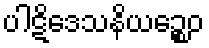
ပါဋိဒေသနိယဉ္စေဝ